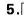
5.